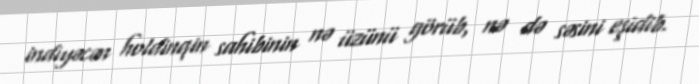
indiyəcən holdinqin sahibinin nə üzünü görüb, nə də səsini eşidib.